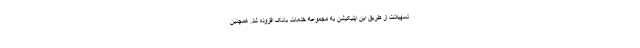
تسهیلات از طریق این اپلیکیشن به مجموعه خدمات بانک افزوده شد. همچنین